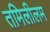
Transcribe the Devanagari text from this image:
तमिलीलम